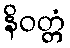
နိဝတ္တံ